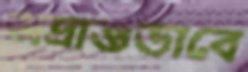
অভ্রান্তভাবে